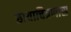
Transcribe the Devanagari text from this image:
छायाचित्रणास